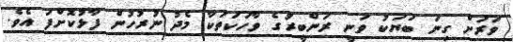
ވަރަށް ގިނަ ބަޔަކު ވަނީ ރަންބީރުގެ ވާހަކަތަކާ މެދު ނުރުހުން ފާޅުކޮށްފަ އެވެ.